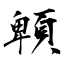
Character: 䫌